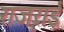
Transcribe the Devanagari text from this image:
राजराई